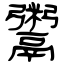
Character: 鬻